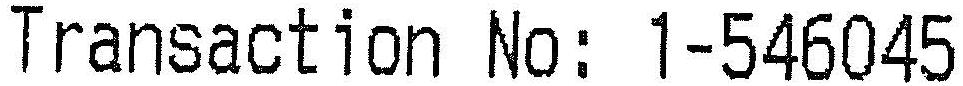
TRANSACTION NO: 1-546045